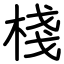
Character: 棧